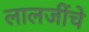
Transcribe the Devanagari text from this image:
लालजींचे